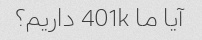
آیا ما 401k داریم؟